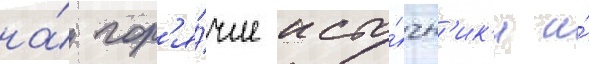
на́ гор'я́чие исто́чн'ик'и и́